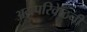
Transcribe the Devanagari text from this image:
अग्रपरिवेष्ठनी